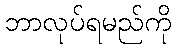
ဘာလုပ်ရမည်ကို